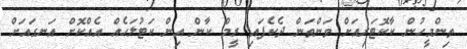
ތިންމީހުން ކާކޮޓަރިއަށް ވަންތަން ދެކެފައި ރީމް ކާން އިން ކަޓުލަހެއް އެއްކޮށް އަނގައަށް